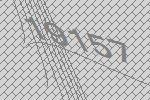
19157